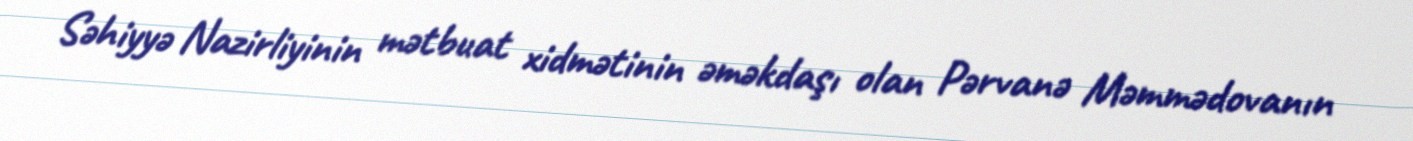
Səhiyyə Nazirliyinin mətbuat xidmətinin əməkdaşı olan Pərvanə Məmmədovanın